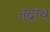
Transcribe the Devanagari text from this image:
अंद्रोथ